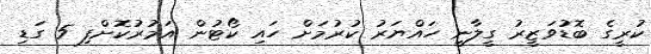
ކުރީގެ ބޮޑުވަޒީރު ގީލާނީ ހައްޔަރު ކުރުމަށް ހައި ކޯޓުން އަމުރުކޮށްފި 5 ގަޑި